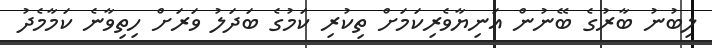
ލިބުނު ބާރުގެ ބޭނުން އަނިޔާވެރިކަމަށް ތިކުރި ކަމުގެ ބަދަލު ވަރަށް ހިތިވާނެ ކަމާމެދު